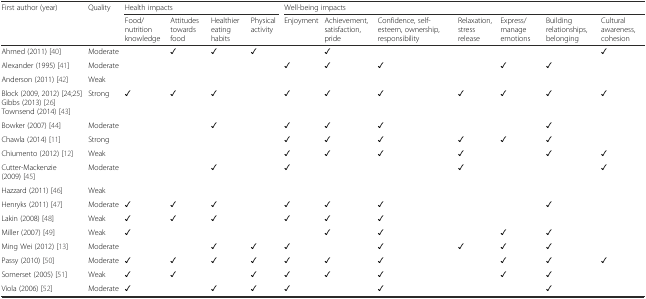
<table><thead><tr><td rowspan="2"><b>First author (year)</b></td><td rowspan="2"><b>Quality</b></td><td colspan="4"><b>Health impacts</b></td><td colspan="7"><b>Well-being impacts</b></td></tr><tr><td><b>Food/nutrition knowledge</b></td><td><b>Attitudes towards food</b></td><td><b>Healthier eating habits</b></td><td><b>Physical activity</b></td><td><b>Enjoyment</b></td><td><b>Achievement, satisfaction, pride</b></td><td><b>Confidence, self-esteem, ownership, responsibility</b></td><td><b>Relaxation, stress release</b></td><td><b>Express/manage emotions</b></td><td><b>Building relationships, belonging</b></td><td><b>Cultural awareness, cohesion</b></td></tr></thead><tbody><tr><td>Ahmed (2011) [40]</td><td>Moderate</td><td></td><td>✓</td><td>✓</td><td>✓</td><td></td><td>✓</td><td></td><td></td><td></td><td></td><td>✓</td></tr><tr><td>Alexander (1995) [41]</td><td>Moderate</td><td></td><td></td><td></td><td></td><td>✓</td><td>✓</td><td>✓</td><td></td><td>✓</td><td>✓</td><td></td></tr><tr><td>Anderson (2011) [42]</td><td>Weak</td><td></td><td></td><td></td><td></td><td></td><td></td><td></td><td></td><td></td><td></td><td></td></tr><tr><td>Block (2009, 2012) [24;25]Gibbs (2013) [26]Townsend (2014) [43]</td><td>Strong</td><td>✓</td><td>✓</td><td>✓</td><td></td><td>✓</td><td>✓</td><td>✓</td><td>✓</td><td>✓</td><td>✓</td><td>✓</td></tr><tr><td>Bowker (2007) [44]</td><td>Moderate</td><td></td><td></td><td>✓</td><td></td><td>✓</td><td>✓</td><td>✓</td><td></td><td></td><td>✓</td><td></td></tr><tr><td>Chawla (2014) [11]</td><td>Strong</td><td></td><td></td><td></td><td></td><td>✓</td><td>✓</td><td>✓</td><td>✓</td><td>✓</td><td>✓</td><td></td></tr><tr><td>Chiumento (2012) [12]</td><td>Weak</td><td></td><td></td><td></td><td></td><td>✓</td><td>✓</td><td>✓</td><td>✓</td><td></td><td>✓</td><td>✓</td></tr><tr><td>Cutter-Mackenzie (2009) [45]</td><td>Moderate</td><td></td><td></td><td>✓</td><td></td><td>✓</td><td></td><td></td><td>✓</td><td></td><td></td><td>✓</td></tr><tr><td>Hazzard (2011) [46]</td><td>Weak</td><td></td><td></td><td></td><td></td><td></td><td></td><td></td><td></td><td></td><td></td><td></td></tr><tr><td>Henryks (2011) [47]</td><td>Moderate</td><td>✓</td><td>✓</td><td>✓</td><td></td><td>✓</td><td>✓</td><td>✓</td><td></td><td></td><td>✓</td><td></td></tr><tr><td>Lakin (2008) [48]</td><td>Weak</td><td>✓</td><td>✓</td><td>✓</td><td></td><td>✓</td><td>✓</td><td>✓</td><td></td><td></td><td></td><td></td></tr><tr><td>Miller (2007) [49]</td><td>Weak</td><td>✓</td><td></td><td></td><td></td><td></td><td>✓</td><td>✓</td><td></td><td>✓</td><td>✓</td><td></td></tr><tr><td>Ming Wei (2012) [13]</td><td>Moderate</td><td></td><td></td><td>✓</td><td>✓</td><td>✓</td><td></td><td>✓</td><td>✓</td><td>✓</td><td>✓</td><td></td></tr><tr><td>Passy (2010) [50]</td><td>Moderate</td><td>✓</td><td>✓</td><td>✓</td><td>✓</td><td>✓</td><td>✓</td><td>✓</td><td></td><td>✓</td><td>✓</td><td>✓</td></tr><tr><td>Somerset (2005) [51]</td><td>Weak</td><td>✓</td><td>✓</td><td></td><td>✓</td><td>✓</td><td>✓</td><td>✓</td><td></td><td>✓</td><td>✓</td><td></td></tr><tr><td>Viola (2006) [52]</td><td>Moderate</td><td>✓</td><td></td><td>✓</td><td>✓</td><td>✓</td><td></td><td>✓</td><td></td><td></td><td>✓</td><td></td></tr></tbody></table>